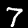
Label: 7